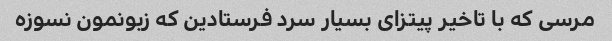
مرسی که با تاخیر پیتزای بسیار سرد فرستادین که زبونمون نسوزه